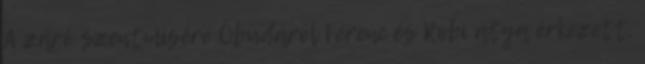
A záró szentmisére Óbudáról Ferenc és Robi atya érkezett,